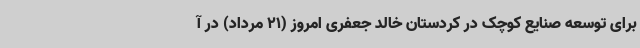
برای توسعه صنایع کوچک در کردستان خالد جعفری امروز (21 مرداد) در آ